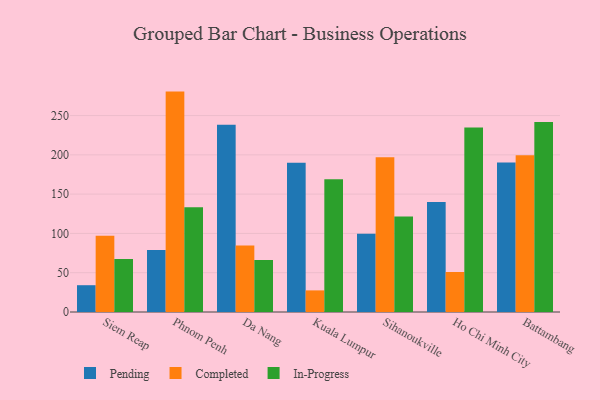
{"axis": {"x": "City", "y": "Website Visitors"}, "legend": ["Completed", "In-Progress", "Pending"], "data": [{"x": "Siem Reap", "y": 34.1, "type": "Pending"}, {"x": "Siem Reap", "y": 97.2, "type": "Completed"}, {"x": "Siem Reap", "y": 67.5, "type": "In-Progress"}, {"x": "Phnom Penh", "y": 78.9, "type": "Pending"}, {"x": "Phnom Penh", "y": 280.5, "type": "Completed"}, {"x": "Phnom Penh", "y": 133.2, "type": "In-Progress"}, {"x": "Da Nang", "y": 238.4, "type": "Pending"}, {"x": "Da Nang", "y": 84.6, "type": "Completed"}, {"x": "Da Nang", "y": 66.3, "type": "In-Progress"}, {"x": "Kuala Lumpur", "y": 189.8, "type": "Pending"}, {"x": "Kuala Lumpur", "y": 27.5, "type": "Completed"}, {"x": "Kuala Lumpur", "y": 168.8, "type": "In-Progress"}, {"x": "Sihanoukville", "y": 99.7, "type": "Pending"}, {"x": "Sihanoukville", "y": 196.9, "type": "Completed"}, {"x": "Sihanoukville", "y": 121.7, "type": "In-Progress"}, {"x": "Ho Chi Minh City", "y": 139.9, "type": "Pending"}, {"x": "Ho Chi Minh City", "y": 50.9, "type": "Completed"}, {"x": "Ho Chi Minh City", "y": 234.8, "type": "In-Progress"}, {"x": "Battambang", "y": 190.2, "type": "Pending"}, {"x": "Battambang", "y": 199.5, "type": "Completed"}, {"x": "Battambang", "y": 241.8, "type": "In-Progress"}]}